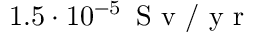
1 . 5 \cdot 1 0 ^ { - 5 } \, \mathrm { ~ S ~ v ~ } / \mathrm { ~ y ~ r ~ }